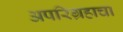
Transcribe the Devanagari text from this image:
अपरिग्रहाचा